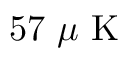
5 7 \, \, \mu \mathrm { ~ K ~ }